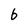
Character: b